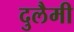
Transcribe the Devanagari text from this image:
दुलैमी